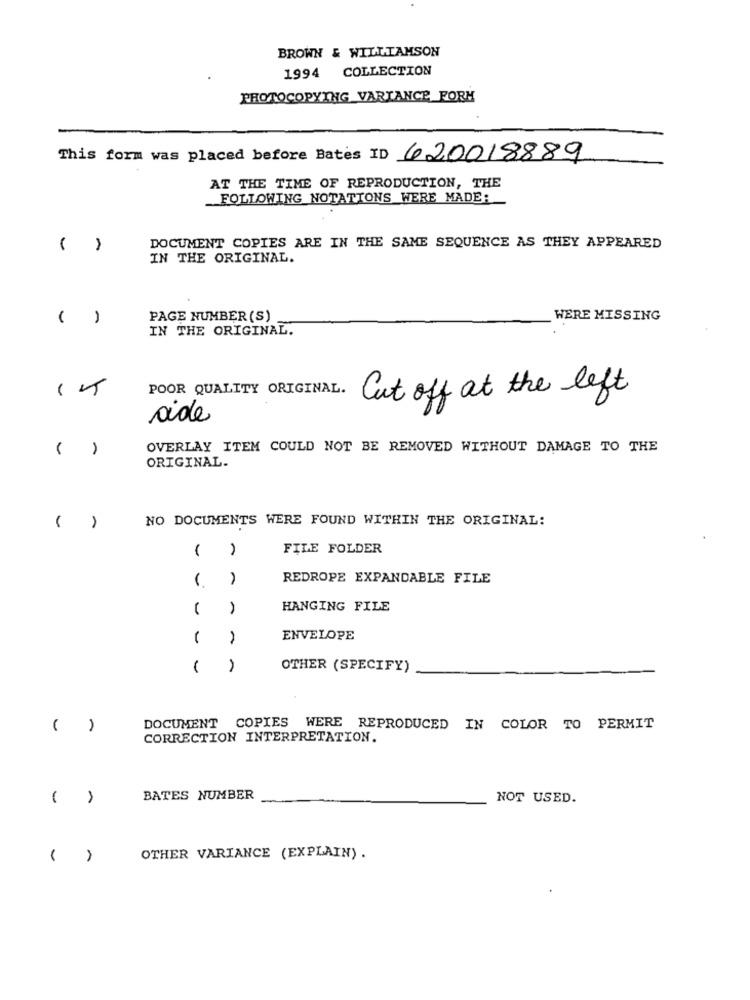
BROWN & WILLIAMSON
COLLECTION
1994
PHOTOCOPYING VARIANCE FORM
This form was placed before Bates ID 620018889
AT THE TIME OF REPRODUCTION, THE
FOLLOWING NOTATIONS WERE MADE:
DOCUMENT COPIES ARE IN THE SAME SEQUENCE AS THEY APPEARED
IN THE ORIGINAL.
PAGE NUMBER (S)
WERE MISSING
IN THE ORIGINAL.
POOR QUALITY ORIGINAL.
Cut off at the left
aide
OVERLAY ITEM COULD NOT BE REMOVED WITHOUT DAMAGE TO THE
ORIGINAL.
NO DOCUMENTS WERE FOUND WITHIN THE ORIGINAL:
FILE FOLDER
REDROPE EXPANDABLE FILE
HANGING FILE
-
ENVELOPE
OTHER (SPECIFY)
-
DOCUMENT COPIES WERE REPRODUCED IN COLOR TO PERMIT
CORRECTION INTERPRETATION.
BATES NUMBER
NOT USED.
A
OTHER VARIANCE (EXPLAIN) .